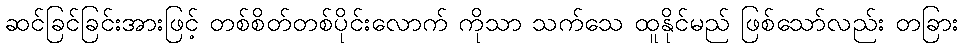
ဆင်ခြင်ခြင်းအားဖြင့် တစ်စိတ်တစ်ပိုင်းလောက် ကိုသာ သက်သေ ထူနိုင်မည် ဖြစ်သော်လည်း တခြား